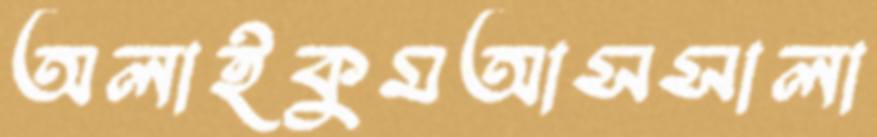
অলাইকুমআসসালা